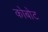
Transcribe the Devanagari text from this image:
कोबोट